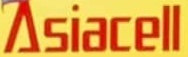
Asiacell